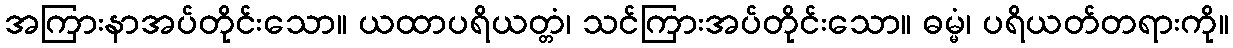
အကြားနာအပ်တိုင်းသော။ ယထာပရိယတ္တံ၊ သင်ကြားအပ်တိုင်းသော။ ဓမ္မံ၊ ပရိယတ်တရားကို။